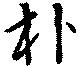
朴